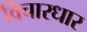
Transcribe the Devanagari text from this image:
विचारधार